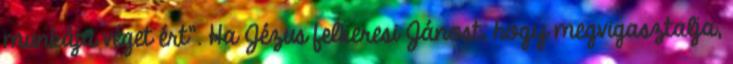
munkája véget ért”. Ha Jézus felkeresi Jánost, hogy megvigasztalja,